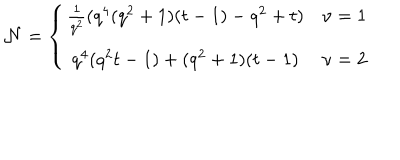
LaTeX: { \cal N } = \left\{ \begin{array} { c l } { { \frac { 1 } { q ^ { 2 } } ( q ^ { 4 } ( q ^ { 2 } + 1 ) ( t - 1 ) - q ^ { 2 } + t ) } } & { { \nu = 1 } } \\ { { q ^ { 4 } ( q ^ { 2 } t - 1 ) + ( q ^ { 2 } + 1 ) ( t - 1 ) } } & { { \nu = 2 } } \\ \end{array} \right.